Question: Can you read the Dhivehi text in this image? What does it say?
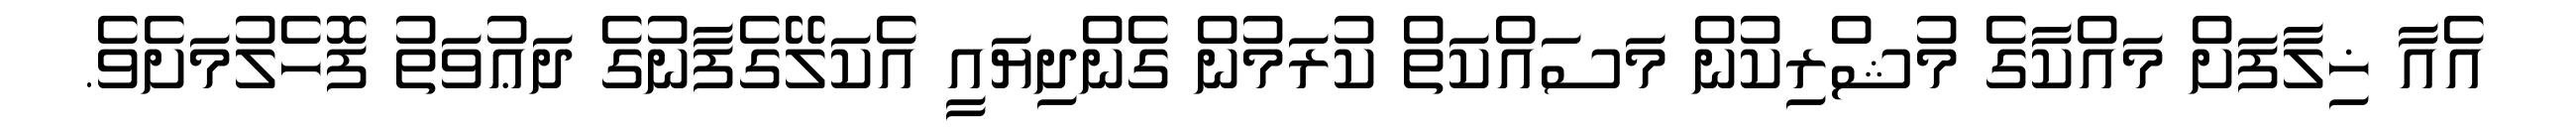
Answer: އެއާ ޚިލާފަށް މައްކާގެ މުޝްރިކުން މަސައްކަތް ކުރަމުން ގެންދިޔައީ އެކަލޭގެފާނުގެ ދަޢުވަތު ފޮހެލުމަށެވެ.